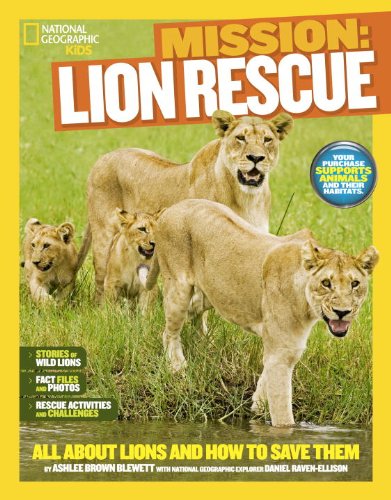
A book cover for National Geographic Kids Mission: Lion Rescue: All About Lions and How to Save Them; Ashlee Brown Blewett; Children's Books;